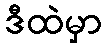
ဒီထဲမှာ